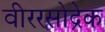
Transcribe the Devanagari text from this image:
वीररसोद्रेक